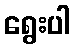
ရွေးပါ